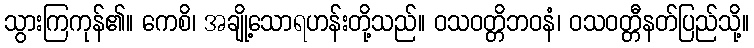
သွားကြကုန်၏။ ကေစိ၊ အချို့သောရဟန်းတို့သည်။ ဝသဝတ္တိဘဝနံ၊ ဝသဝတ္တီနတ်ပြည်သို့။